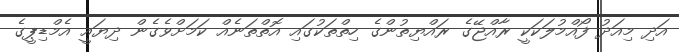
އަދި މިއަދު ފޯއްމުލަކަކީ ރާއްޖޭގެ ރައްޔިތުންގެ ހިތްތަކުގައި އޮތްތަނެއް ކަމަށްވެގެން ދިޔައީ އެމްޑިޕީގެ